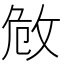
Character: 𢼮